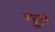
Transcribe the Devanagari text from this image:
गूत